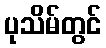
ပုသိမ်တွင်